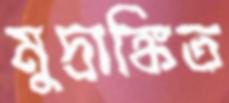
মুদ্রাঙ্কিত